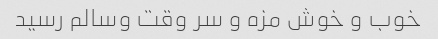
خوب و خوش مزه و سر وقت وسالم رسید